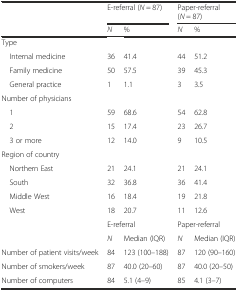
<table><thead><tr><td rowspan="2"></td><td colspan="2"><b>E-referral (<i>N</i> = 87)</b></td><td colspan="2"><b>Paper-referral (<i>N</i> = 87)</b></td></tr><tr><td><b><i>N</i></b></td><td><b>%</b></td><td><b><i>N</i></b></td><td><b>%</b></td></tr></thead><tbody><tr><td colspan="5">Type</td></tr><tr><td> Internal medicine</td><td>36</td><td>41.4</td><td>44</td><td>51.2</td></tr><tr><td> Family medicine</td><td>50</td><td>57.5</td><td>39</td><td>45.3</td></tr><tr><td> General practice</td><td>1</td><td>1.1</td><td>3</td><td>3.5</td></tr><tr><td>Number of physicians</td><td></td><td></td><td></td><td></td></tr><tr><td> 1</td><td>59</td><td>68.6</td><td>54</td><td>62.8</td></tr><tr><td> 2</td><td>15</td><td>17.4</td><td>23</td><td>26.7</td></tr><tr><td> 3 or more</td><td>12</td><td>14.0</td><td>9</td><td>10.5</td></tr><tr><td colspan="5">Region of country</td></tr><tr><td> Northern East</td><td>21</td><td>24.1</td><td>21</td><td>24.1</td></tr><tr><td> South</td><td>32</td><td>36.8</td><td>36</td><td>41.4</td></tr><tr><td> Middle West</td><td>16</td><td>18.4</td><td>19</td><td>21.8</td></tr><tr><td> West</td><td>18</td><td>20.7</td><td>11</td><td>12.6</td></tr><tr><td rowspan="2"></td><td colspan="2">E-referral</td><td colspan="2">Paper-referral</td></tr><tr><td><i>N</i></td><td>Median (IQR)</td><td><i>N</i></td><td>Median (IQR)</td></tr><tr><td>Number of patient visits/week</td><td>84</td><td>123 (100–188)</td><td>87</td><td>120 (90–160)</td></tr><tr><td>Number of smokers/week</td><td>87</td><td>40.0 (20–60)</td><td>87</td><td>40.0 (20–50)</td></tr><tr><td>Number of computers</td><td>84</td><td>5.1 (4–9)</td><td>85</td><td>4.1 (3–7)</td></tr></tbody></table>